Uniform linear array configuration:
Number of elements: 8
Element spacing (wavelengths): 0.5
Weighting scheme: hamming
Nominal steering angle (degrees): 30
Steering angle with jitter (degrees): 29.961
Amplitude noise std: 0.05
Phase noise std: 0.05

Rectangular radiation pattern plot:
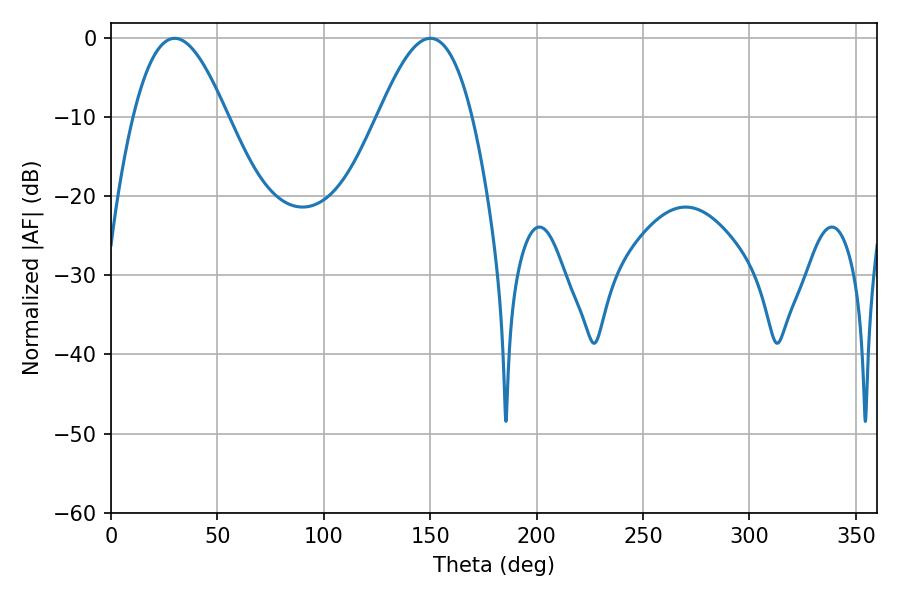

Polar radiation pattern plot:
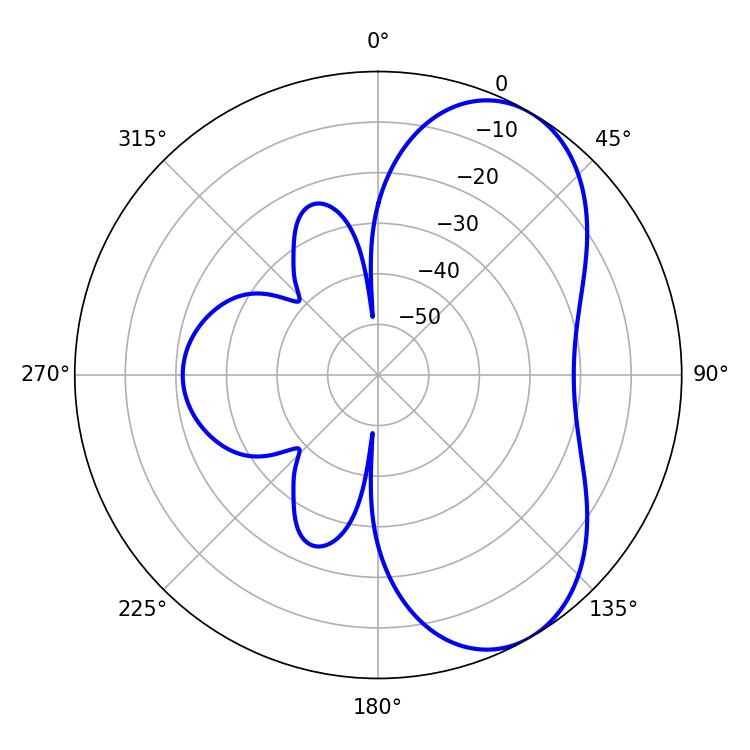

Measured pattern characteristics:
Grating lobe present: FALSE
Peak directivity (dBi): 6.256
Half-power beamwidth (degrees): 23.94
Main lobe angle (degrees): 29.88